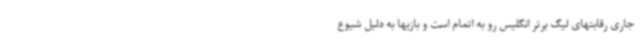
جاری رقابتهای لیگ برتر انگلیس رو به اتمام است و بازیها به دلیل شیوع